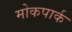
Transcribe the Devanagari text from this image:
मोकपार्क